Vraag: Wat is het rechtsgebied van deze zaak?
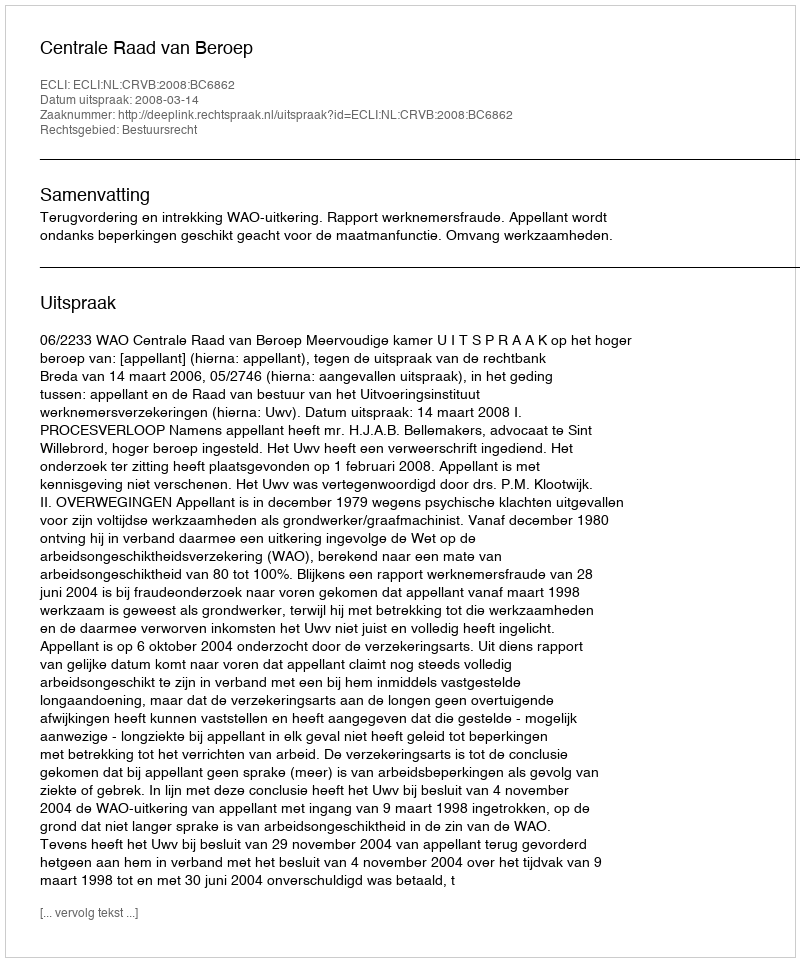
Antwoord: Bestuursrecht